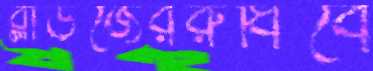
ব্লাউজেররুধিবে